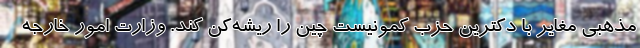
مذهبی مغایر با دکترین حزب کمونیست چین را ریشه‌کن کند. وزارت امور خارجه